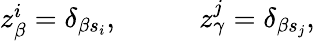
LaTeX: \begin{array}{rlrl}{z_{\beta}^{i}=\delta_{\beta s_{i}},}&{{}}&{}&{{}z_{\gamma}^{j}=\delta_{\beta s_{j}},}\end{array}